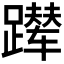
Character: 𬧑